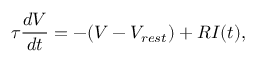
\tau \frac { d V } { d t } = - ( V - V _ { r e s t } ) + R I ( t ) ,